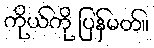
ကိုယ်ကို ပြန်မတ်။